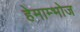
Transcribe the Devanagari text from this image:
हेमाम्भोज